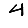
Digit: 4